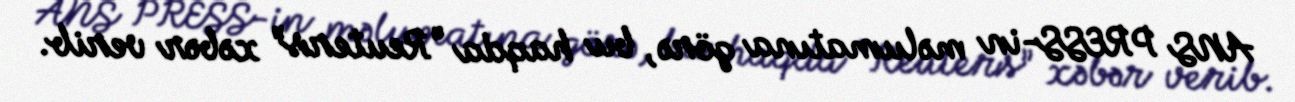
ANS PRESS-in məlumatına görə, bu haqda “Reuters” xəbər verib.